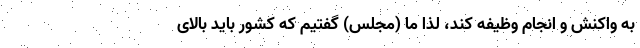
به واکنش و انجام وظیفه کند، لذا ما (مجلس) گفتیم که کشور باید بالای